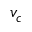
v _ { c }